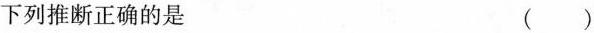
下列推断正确的是 ()